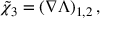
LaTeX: \tilde { \chi } _ { 3 } = ( \nabla \Lambda ) _ { 1 , 2 } \, ,